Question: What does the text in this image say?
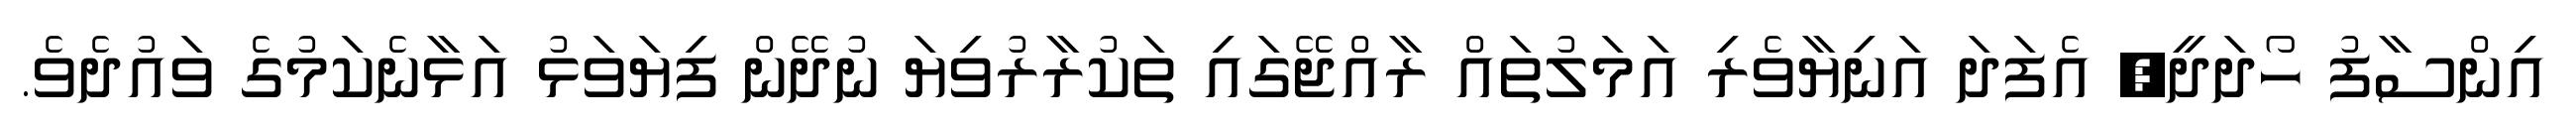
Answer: އިންސާފު ހޯދަދީ, އެފަދަ އަނިޔާވެރި އަމަލުތައް ރާއްޖޭގައި ތަކުރާރުވިޔަ ނުދޭން ފިޔަވަޅު އަޅާނެކަމުގެ ވައުދެވެ.